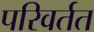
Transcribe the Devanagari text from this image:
परिवर्तत